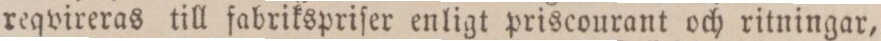
reqvireras till fabrikspriſer enligt priscourant och ritningar,